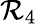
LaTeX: \mathcal{R}_{4}